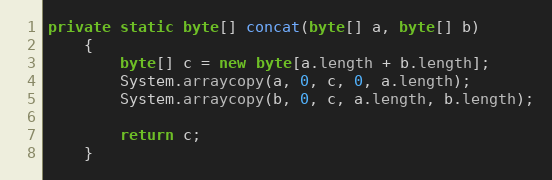
Language: Java
private static byte[] concat(byte[] a, byte[] b)
    {
        byte[] c = new byte[a.length + b.length];
        System.arraycopy(a, 0, c, 0, a.length);
        System.arraycopy(b, 0, c, a.length, b.length);

        return c;
    }